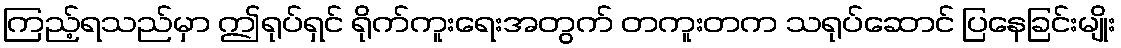
ကြည့်ရသည်မှာ ဤရုပ်ရှင် ရိုက်ကူးရေးအတွက် တကူးတက သရုပ်ဆောင် ပြနေခြင်းမျိုး